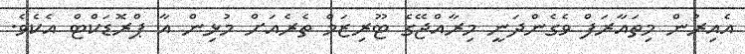
އެއިރުން މިތައާރަފް ވެގެންދަނީ މިރާއްޖޭގެ ޓޫރިޒަމް ތެރެއަށް މުޅިން އާ ޕްރޮޑަކްޓް އެކެވެ.